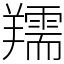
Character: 羺